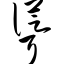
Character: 耸